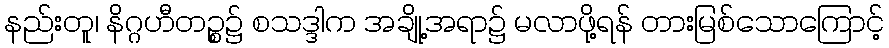
နည်းတူ၊ နိဂ္ဂဟီတဉ္စ၌ စသဒ္ဒါက အချို့အရာ၌ မလာဖို့ရန် တားမြစ်သောကြောင့်